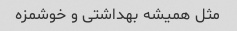
مثل همیشه بهداشتی و خوشمزه